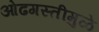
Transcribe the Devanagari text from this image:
ओढगस्तीमुळे